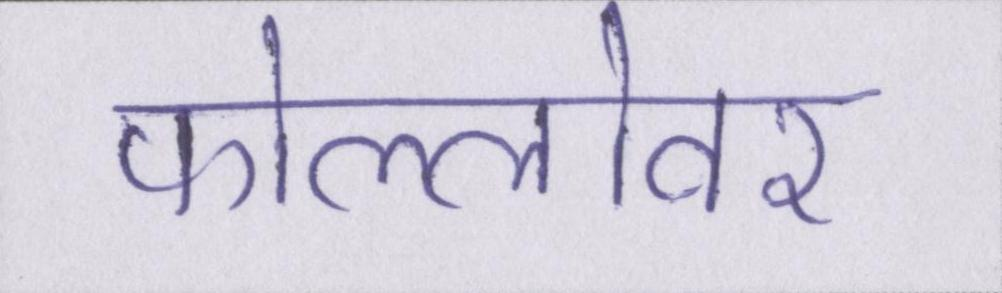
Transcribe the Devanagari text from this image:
फोल्लोवर